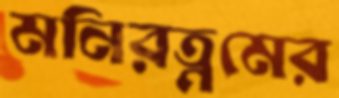
মনিরত্নমের